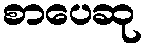
စာပေဆု